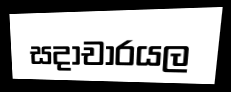
සදාචාරයල